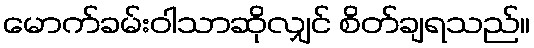
မောက်ခမ်းဝါသာဆိုလျှင် စိတ်ချရသည်။